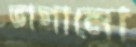
ভাগানো